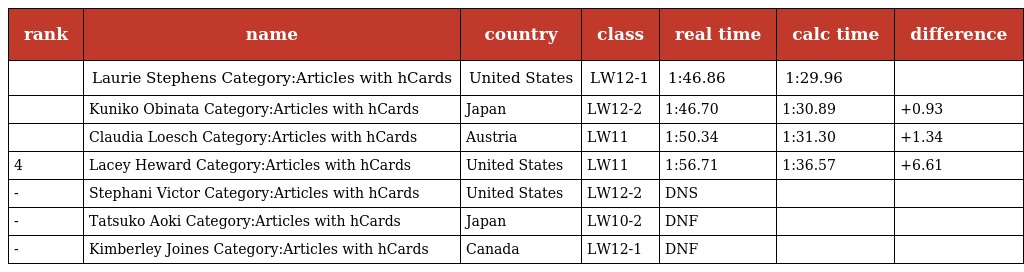
| rank | name | country | class | real time | calc time | difference |
 | --- | --- | --- | --- | --- | --- | --- |
 |  | Laurie Stephens Category:Articles with hCards | United States | LW12-1 | 1:46.86 | 1:29.96 |  |
 |  | Kuniko Obinata Category:Articles with hCards | Japan | LW12-2 | 1:46.70 | 1:30.89 | +0.93 |
 |  | Claudia Loesch Category:Articles with hCards | Austria | LW11 | 1:50.34 | 1:31.30 | +1.34 |
 | 4 | Lacey Heward Category:Articles with hCards | United States | LW11 | 1:56.71 | 1:36.57 | +6.61 |
 | - | Stephani Victor Category:Articles with hCards | United States | LW12-2 | DNS |  |  |
 | - | Tatsuko Aoki Category:Articles with hCards | Japan | LW10-2 | DNF |  |  |
 | - | Kimberley Joines Category:Articles with hCards | Canada | LW12-1 | DNF |  |  |